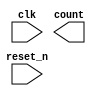
/* CSED273 lab6 experiment 3 */
/* lab6_3.v */

`timescale 1ps / 1fs

/* Implement 369 game counter (0, 3, 6, 9, 13, 6, 9, 13, 6 ...)
 * You must first implement D flip-flop in lab6_ff.v
 * then you use D flip-flop of lab6_ff.v */
module counter_369(input reset_n, input clk, output [3:0] count);

    ////////////////////////
    /* Add your code here */
    ////////////////////////
	
endmodule